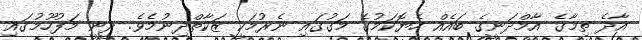
އާދެ ތިމާގެ އާމްދަނީގެ ބައެއް ހެޔޮކަމުގެ މަގުގައި ނެރުމަކީ ޒަކާތްދިނުމެވެ. ދީނީ މަފުހޫމުގައި